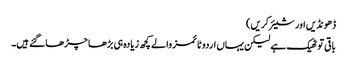
ڈھونڈیں اور شیئر کریں)
باقی تو ٹھیک ہے لیکن یہاں اردو ٹائمز والے کچھ زیادہ ہی بڑھا چڑھا گئے ہیں۔